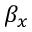
\beta _ { x }